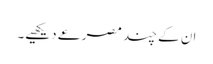
ان کے چند مصرعے دیکھیے۔